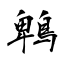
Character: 鵯